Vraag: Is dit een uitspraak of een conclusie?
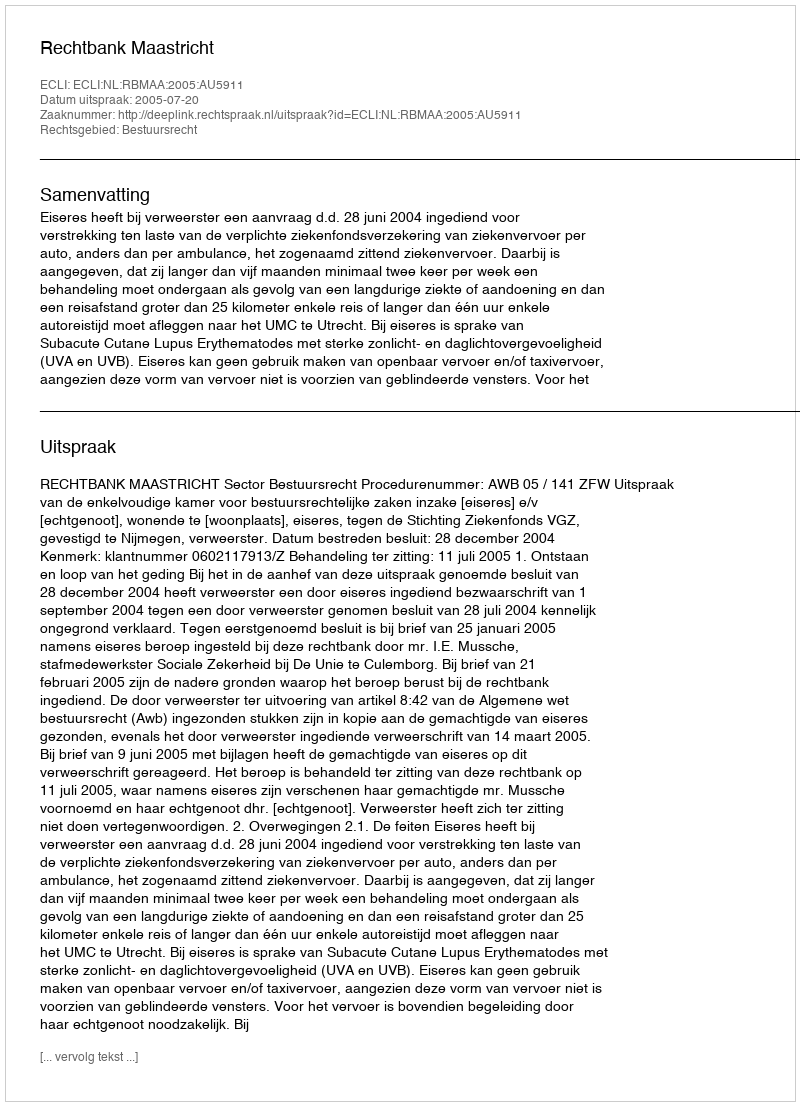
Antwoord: Uitspraak